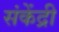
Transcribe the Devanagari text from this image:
संकेंद्री